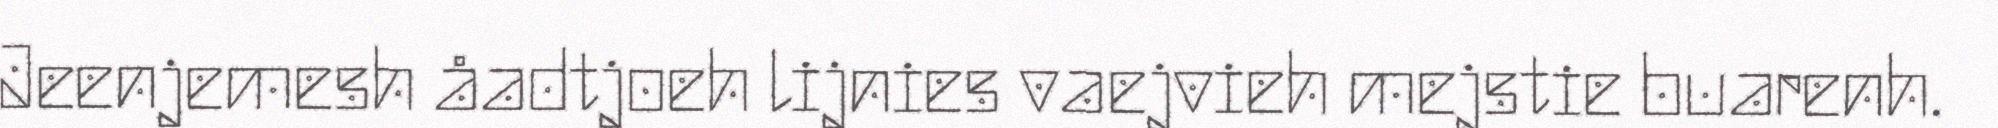
Jeenjemesh åadtjoeh lijnies vaejvieh mejstie buarenh.